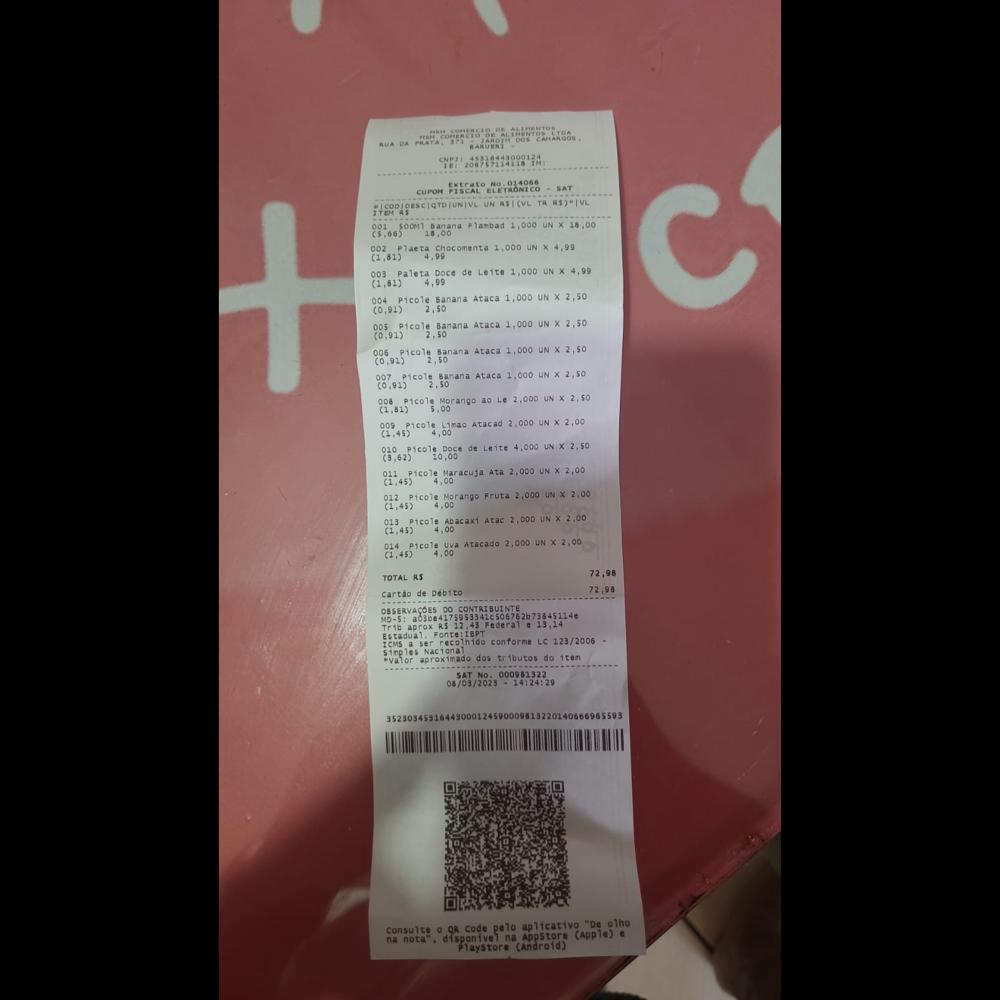
DA IE Extrato, N0.914008 SAT cUrON: CODIRESCIGTO/UNIVE UN ASICVL TA R1)*IVL ITOLAS 001, SOOMI, banana Flambad 1,000 UN - 18,00 (5.66) 18,00 002. Plaeta Chocomenta 1,000 UN X +.99 (1,81) 4.99 003. Paleta Doce de Leite 1,000 UN X 99 (1,61) 4,99 004 Picole sanana Ataca 1,000 UN X 2,50 (0,01) 2,50 005 Picole Banana Ataca 1,000 UN X 2,50 (0,91) 2,50 006 Picole Banana Ataca 1,000 UN X2,50 (0,01) 2,50 007. Picole Banana Ataca 1,000 UN X 2,50 (0.91) 2.50 908, Picole Morango a0 Le 2,000 UN - 2,50 (1,81) 5.00 009 Picole Linao Atacad 2,000 UN X 2,00 (1.49) 4,00 910. Picole poce de Leite 4,000 UN X2,50 (3,62) 10,00 011. Picole Maracuja Ata 2,000 UN X 2,00 (1,45) 4,00 012. Picole Morango Fruta 2,000 UN: X 2,00 (1,45) 4,00 013 picole Apacaxi ALRE 2,000 UN X 2,00 (1,45) 4,00 014. picole uva Atacade 2,000 UN: X 2,00 (1,49) 4,00 TOTAL RS cartao de Debito OBSERVACOES DO CONTRIBUINTE. MD-5: BISPHRSEMPRE" Trib aprox. RS 12.43 Federal e 13114 Estadual. FONTE:IEPT ICMS. a ser recolnido conforme LC 123/2006 simples Nacional *valor aproximado dos tributos do iten SAT, No. 000081322 08/03/2023 14124:29 72,98 72,98 525034 consuite a 98. code pelo aplicativo, "De olho na nota". disponivel na Appstors (Apple) e Playstore (Android)